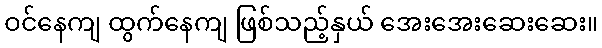
ဝင်နေကျ ထွက်နေကျ ဖြစ်သည့်နှယ် အေးအေးဆေးဆေး။